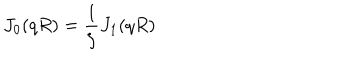
J _ { 0 } ( q R ) = \frac { 1 } { \zeta } J _ { 1 } ( q R )